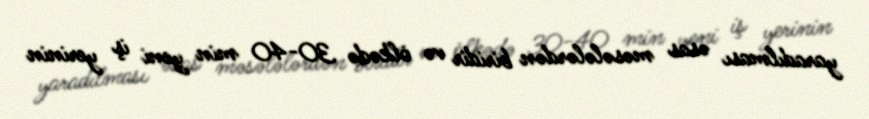
yaradılması əsas məsələlərdən biridir və ölkədə 30-40 min yeni iş yerinin